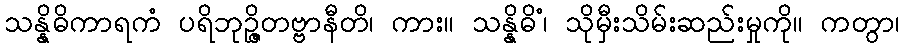
သန္နိဓိကာရကံ ပရိဘုဉ္ဇိတဗ္ဗာနီတိ၊ ကား။ သန္နိဓိံ၊ သိုမှီးသိမ်းဆည်းမှုကို။ ကတွာ၊